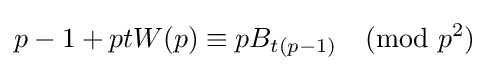
p-1+ptW(p)\equiv pB_{t(p-1)}{\pmod {p^{2}}}